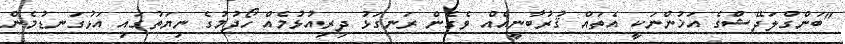
"ބަންގްލަދޭޝްގެ އަޚުންނަކީ އެތައް ޤުރުބާނީއެއް ވެގެން ރަނގަޅު ދިރިއުޅުމެއް ހޯދުމުގެ ނިޔަތުގައި އަޅުގަނޑުމެން